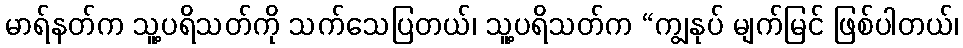
မာရ်နတ်က သူ့ပရိသတ်ကို သက်သေပြတယ်၊ သူ့ပရိသတ်က “ကျွနုပ် မျက်မြင် ဖြစ်ပါတယ်၊